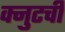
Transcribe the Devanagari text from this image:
क्नुटची